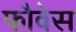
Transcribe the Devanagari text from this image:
फौवेस